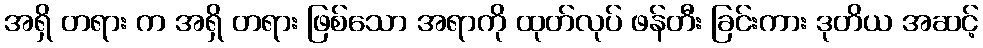
အရှိ တရား က အရှိ တရား ဖြစ်သော အရာကို ထုတ်လုပ် ဖန်တီး ခြင်းကား ဒုတိယ အဆင့်